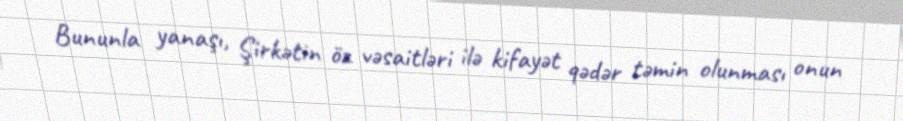
Bununla yanaşı, Şirkətin öz vəsaitləri ilə kifayət qədər təmin olunması onun